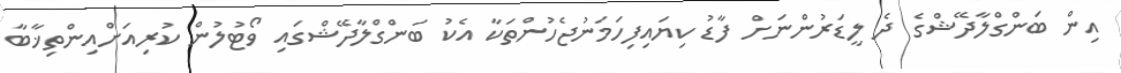
އިން ބަންގްލާދޭޝްގެ ދެ ލީޑަރުންނަށް ފާޑު ކިޔައިފިހަމަނުޖެހުންތަކާ އެކު ބަންގްލާދޭޝްގައި ވޯޓުލުން ކުރިއަށްއިންތިޚާބާ